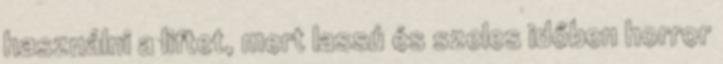
használni a liftet, mert lassú és szeles időben horror